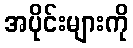
အပိုင်းများကို